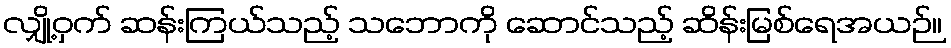
လျှို့ဝှက် ဆန်းကြယ်သည့် သဘောကို ဆောင်သည့် ဆိန်းမြစ်ရေအယဉ်။